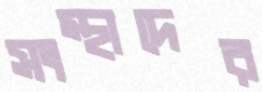
সংস্থাদের